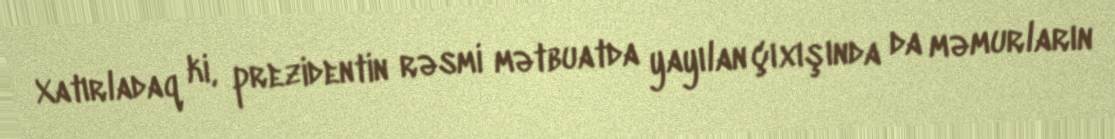
Xatırladaq ki, prezidentin rəsmi mətbuatda yayılan çıxışında da məmurların